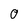
Character: 0